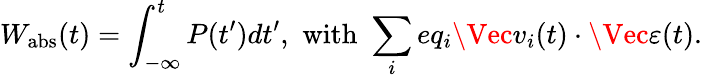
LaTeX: W_{\mathrm{abs}}(t)=\int_{-\infty}^{t}P(t^{\prime})dt^{\prime},\, \, \mathrm{with}\, \, \sum_{i}eq_{i}\Vec{v}_{i}(t)\cdot\Vec{\varepsilon}(t).